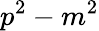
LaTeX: p^{2}-m^{2}